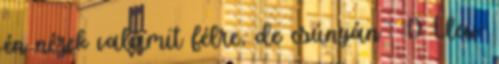
én nézek valamit félre, de csúnyán : :D Llew: